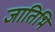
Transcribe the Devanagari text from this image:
जातिभि